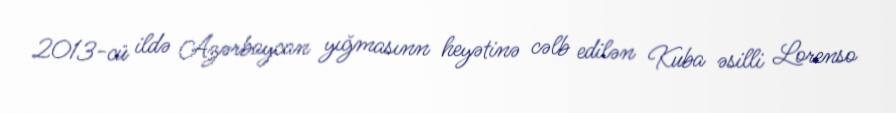
2013-cü ildə Azərbaycan yığmasınn heyətinə cəlb edilən Kuba əsilli Lorenso